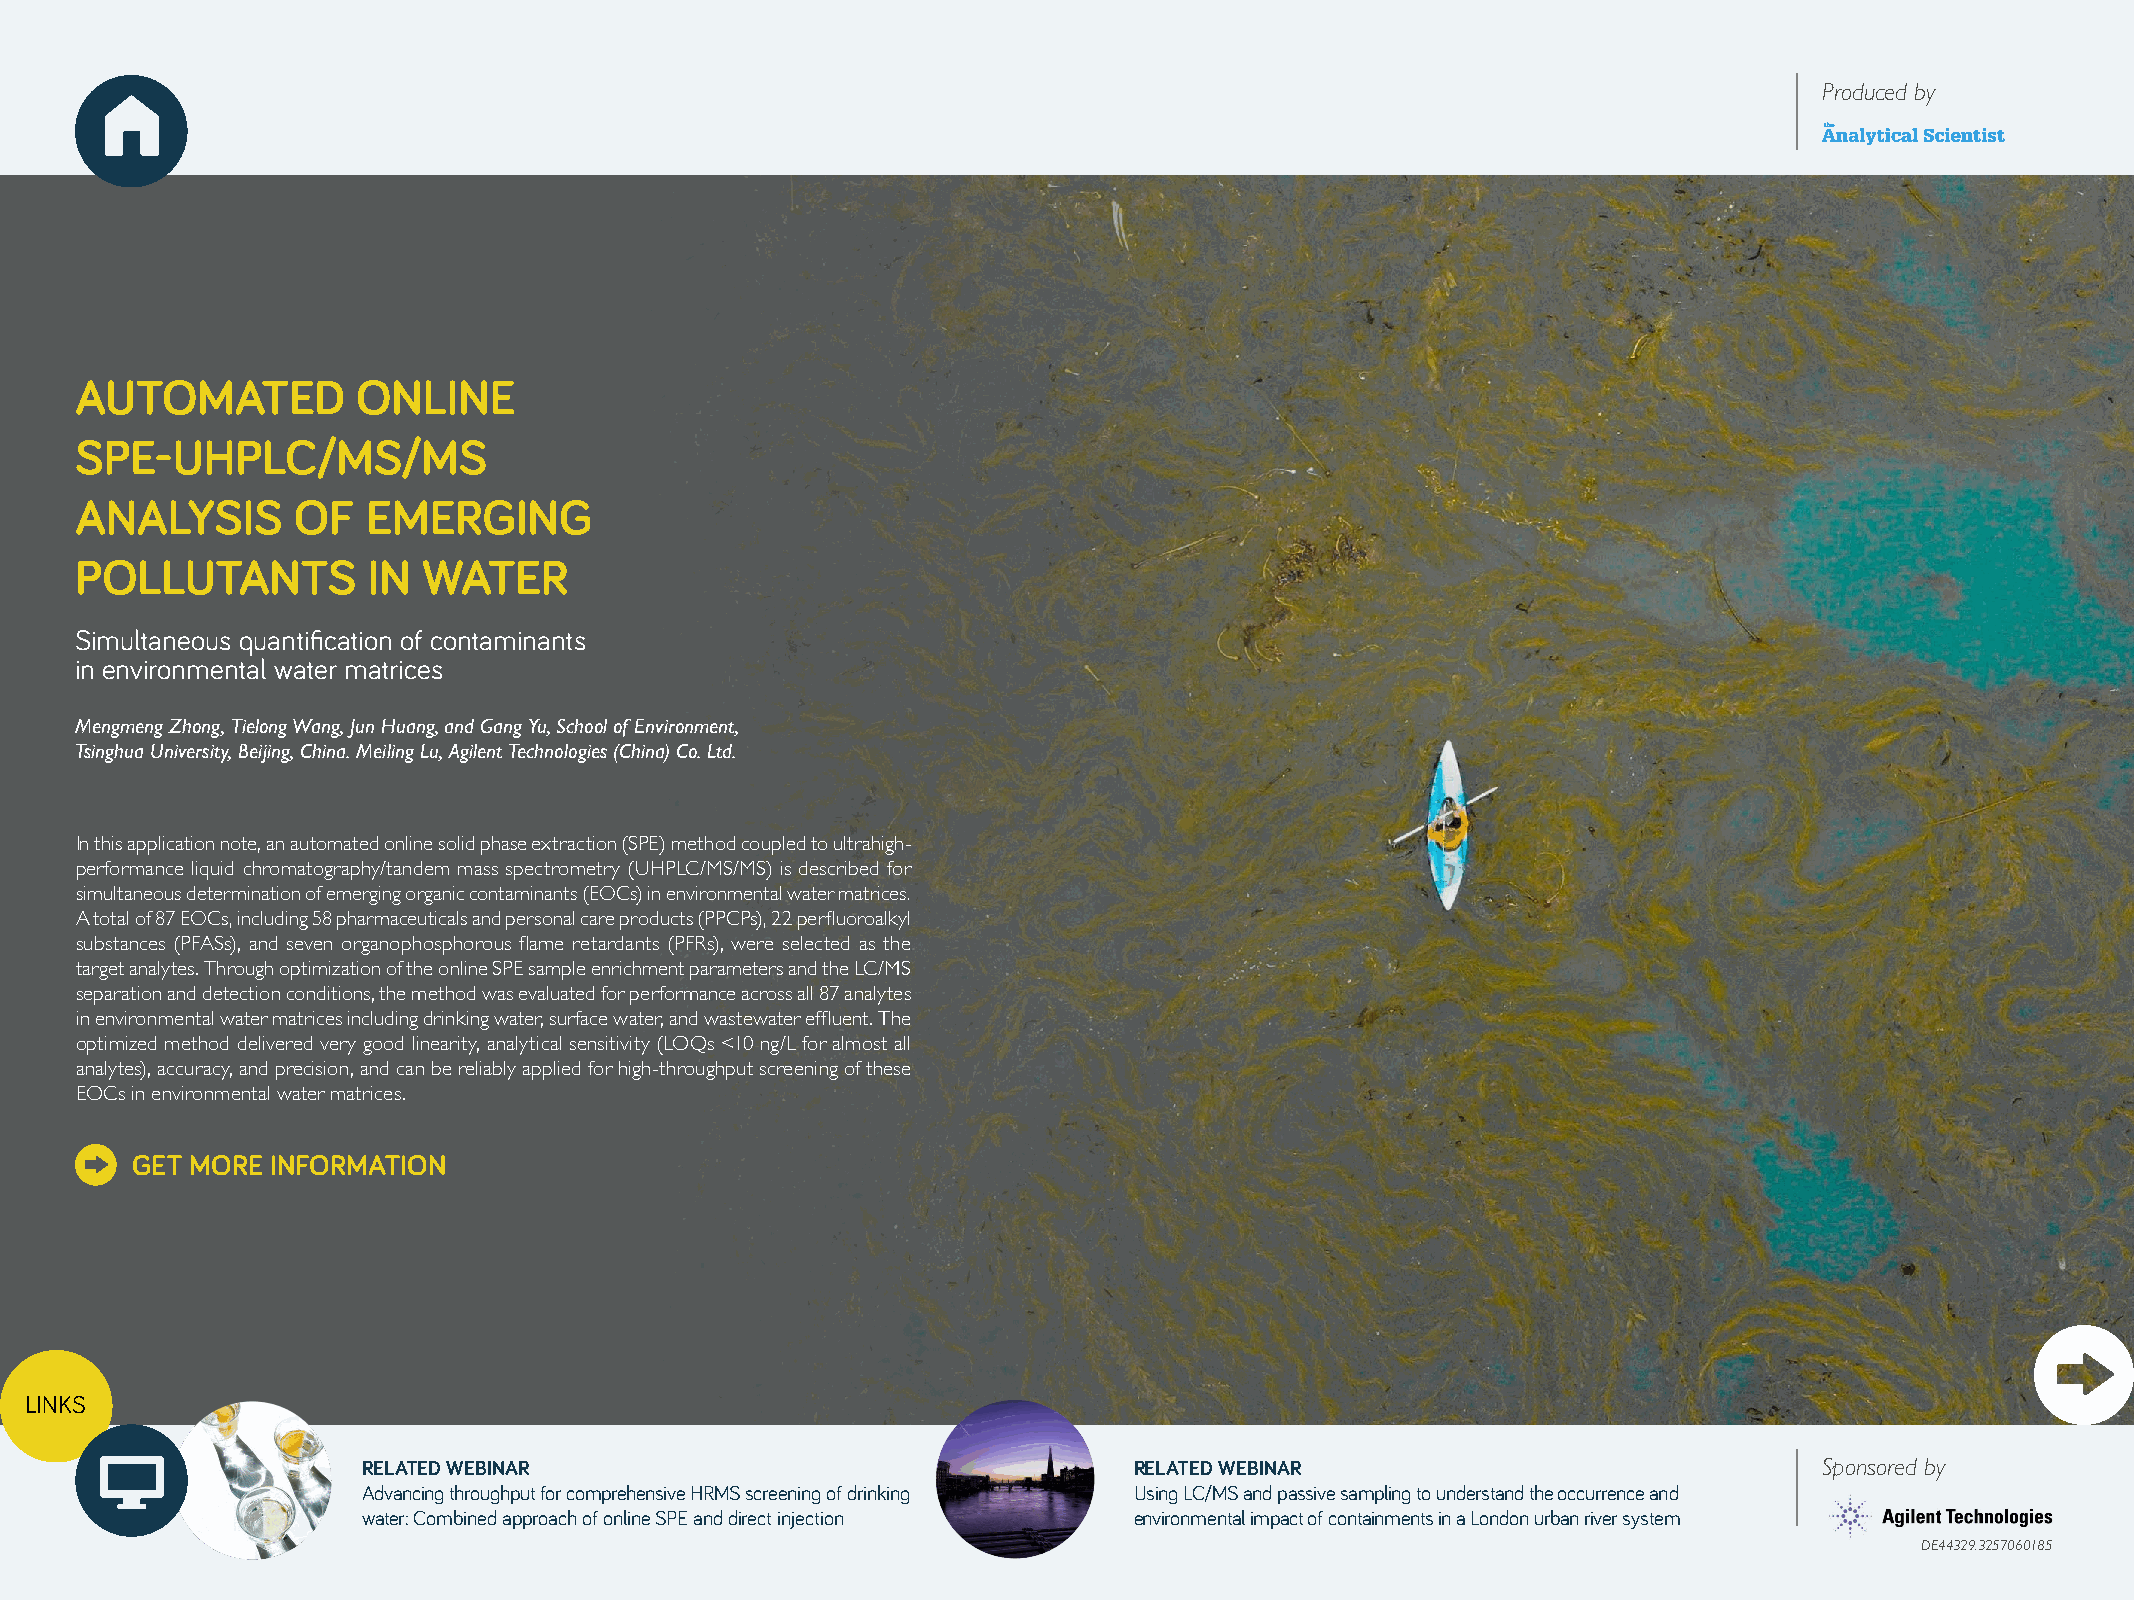
Produced by
 AUTOMATED          ONLINE
 SPE-UHPLC/MS/MS
 ANALYSIS      OF   EMERGING
 POLLUTANTS         IN  WATER
 Simultaneous quantification of contaminants
 in environmental water matrices
 Mengmeng Zhong, Tielong Wang, Jun Huang, and Gang Yu, School of Environment,
 Tsinghua University, Beijing, China. Meiling Lu, Agilent Technologies (China) Co. Ltd.
 In this application note, an automated online solid phase extraction (SPE) method coupled to ultrahigh-
 performance liquid chromatography/tandem mass spectrometry (UHPLC/MS/MS) is described for
 simultaneous determination of emerging organic contaminants (EOCs) in environmental water matrices.
 A total of 87 EOCs, including 58 pharmaceuticals and personal care products (PPCPs), 22 perfluoroalkyl
 substances (PFASs), and seven organophosphorous flame retardants (PFRs), were selected as the
 target analytes. Through optimization of the online SPE sample enrichment parameters and the LC/MS
 separation and detection conditions, the method was evaluated for performance across all 87 analytes
 in environmental water matrices including drinking water, surface water, and wastewater effluent. The
 optimized method delivered very good linearity, analytical sensitivity (LOQs <10 ng/L for almost all
 analytes), accuracy, and precision, and can be reliably applied for high-throughput screening of these
 EOCs in environmental water matrices.
 GET MORE INFORMATION
 LINKS
 RELATED WEBINAR                                    RELATED WEBINAR                               Sponsored by
 Advancing throughput for comprehensive HRMS screening of drinking Using LC/MS and passive sampling to understand the occurrence and
 water: Combined approach of online SPE and direct injection environmental impact of containments in a London urban river system
 DE44329.3257060185